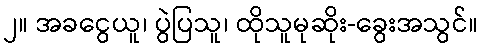
၂။ အခငွေယူ၊ ပွဲပြသူ၊ ထိုသူမုဆိုး-ခွေးအသွင်။